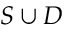
S \cup D